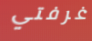
غرفتي